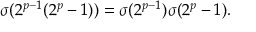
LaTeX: \sigma ( 2 ^ { p - 1 } ( 2 ^ { p } - 1 ) ) = \sigma ( 2 ^ { p - 1 } ) \sigma ( 2 ^ { p } - 1 ) .